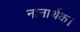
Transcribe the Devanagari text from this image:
नानार्थक।